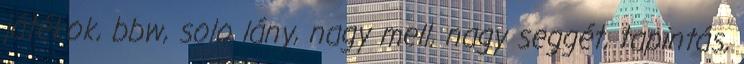
játékok, bbw, solo lány, nagy mell, nagy seggét, tapintás,